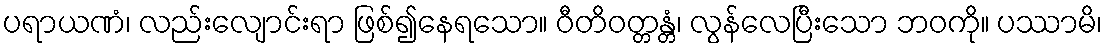
ပရာယဏံ၊ လည်းလျောင်းရာ ဖြစ်၍နေရသော။ ဝီတိဝတ္တန္တံ၊ လွန်လေပြီးသော ဘဝကို။ ပဿာမိ၊